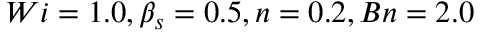
W i = 1 . 0 , \beta _ { s } = 0 . 5 , n = 0 . 2 , B n = 2 . 0